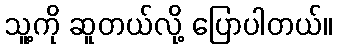
သူ့ကို ဆူတယ်လို့ ပြောပါတယ်။